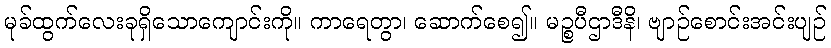
မုခ်ထွက်လေးခုရှိသောကျောင်းကို။ ကာရေတွာ၊ ဆောက်စေ၍။ မဉ္စပီဌာဒီနိ၊ ဗျာဉ်စောင်းအင်းပျဉ်